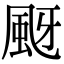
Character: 颬